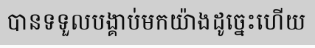
បានទទួលបង្គាប់មកយ៉ាងដូច្នេះហើយ